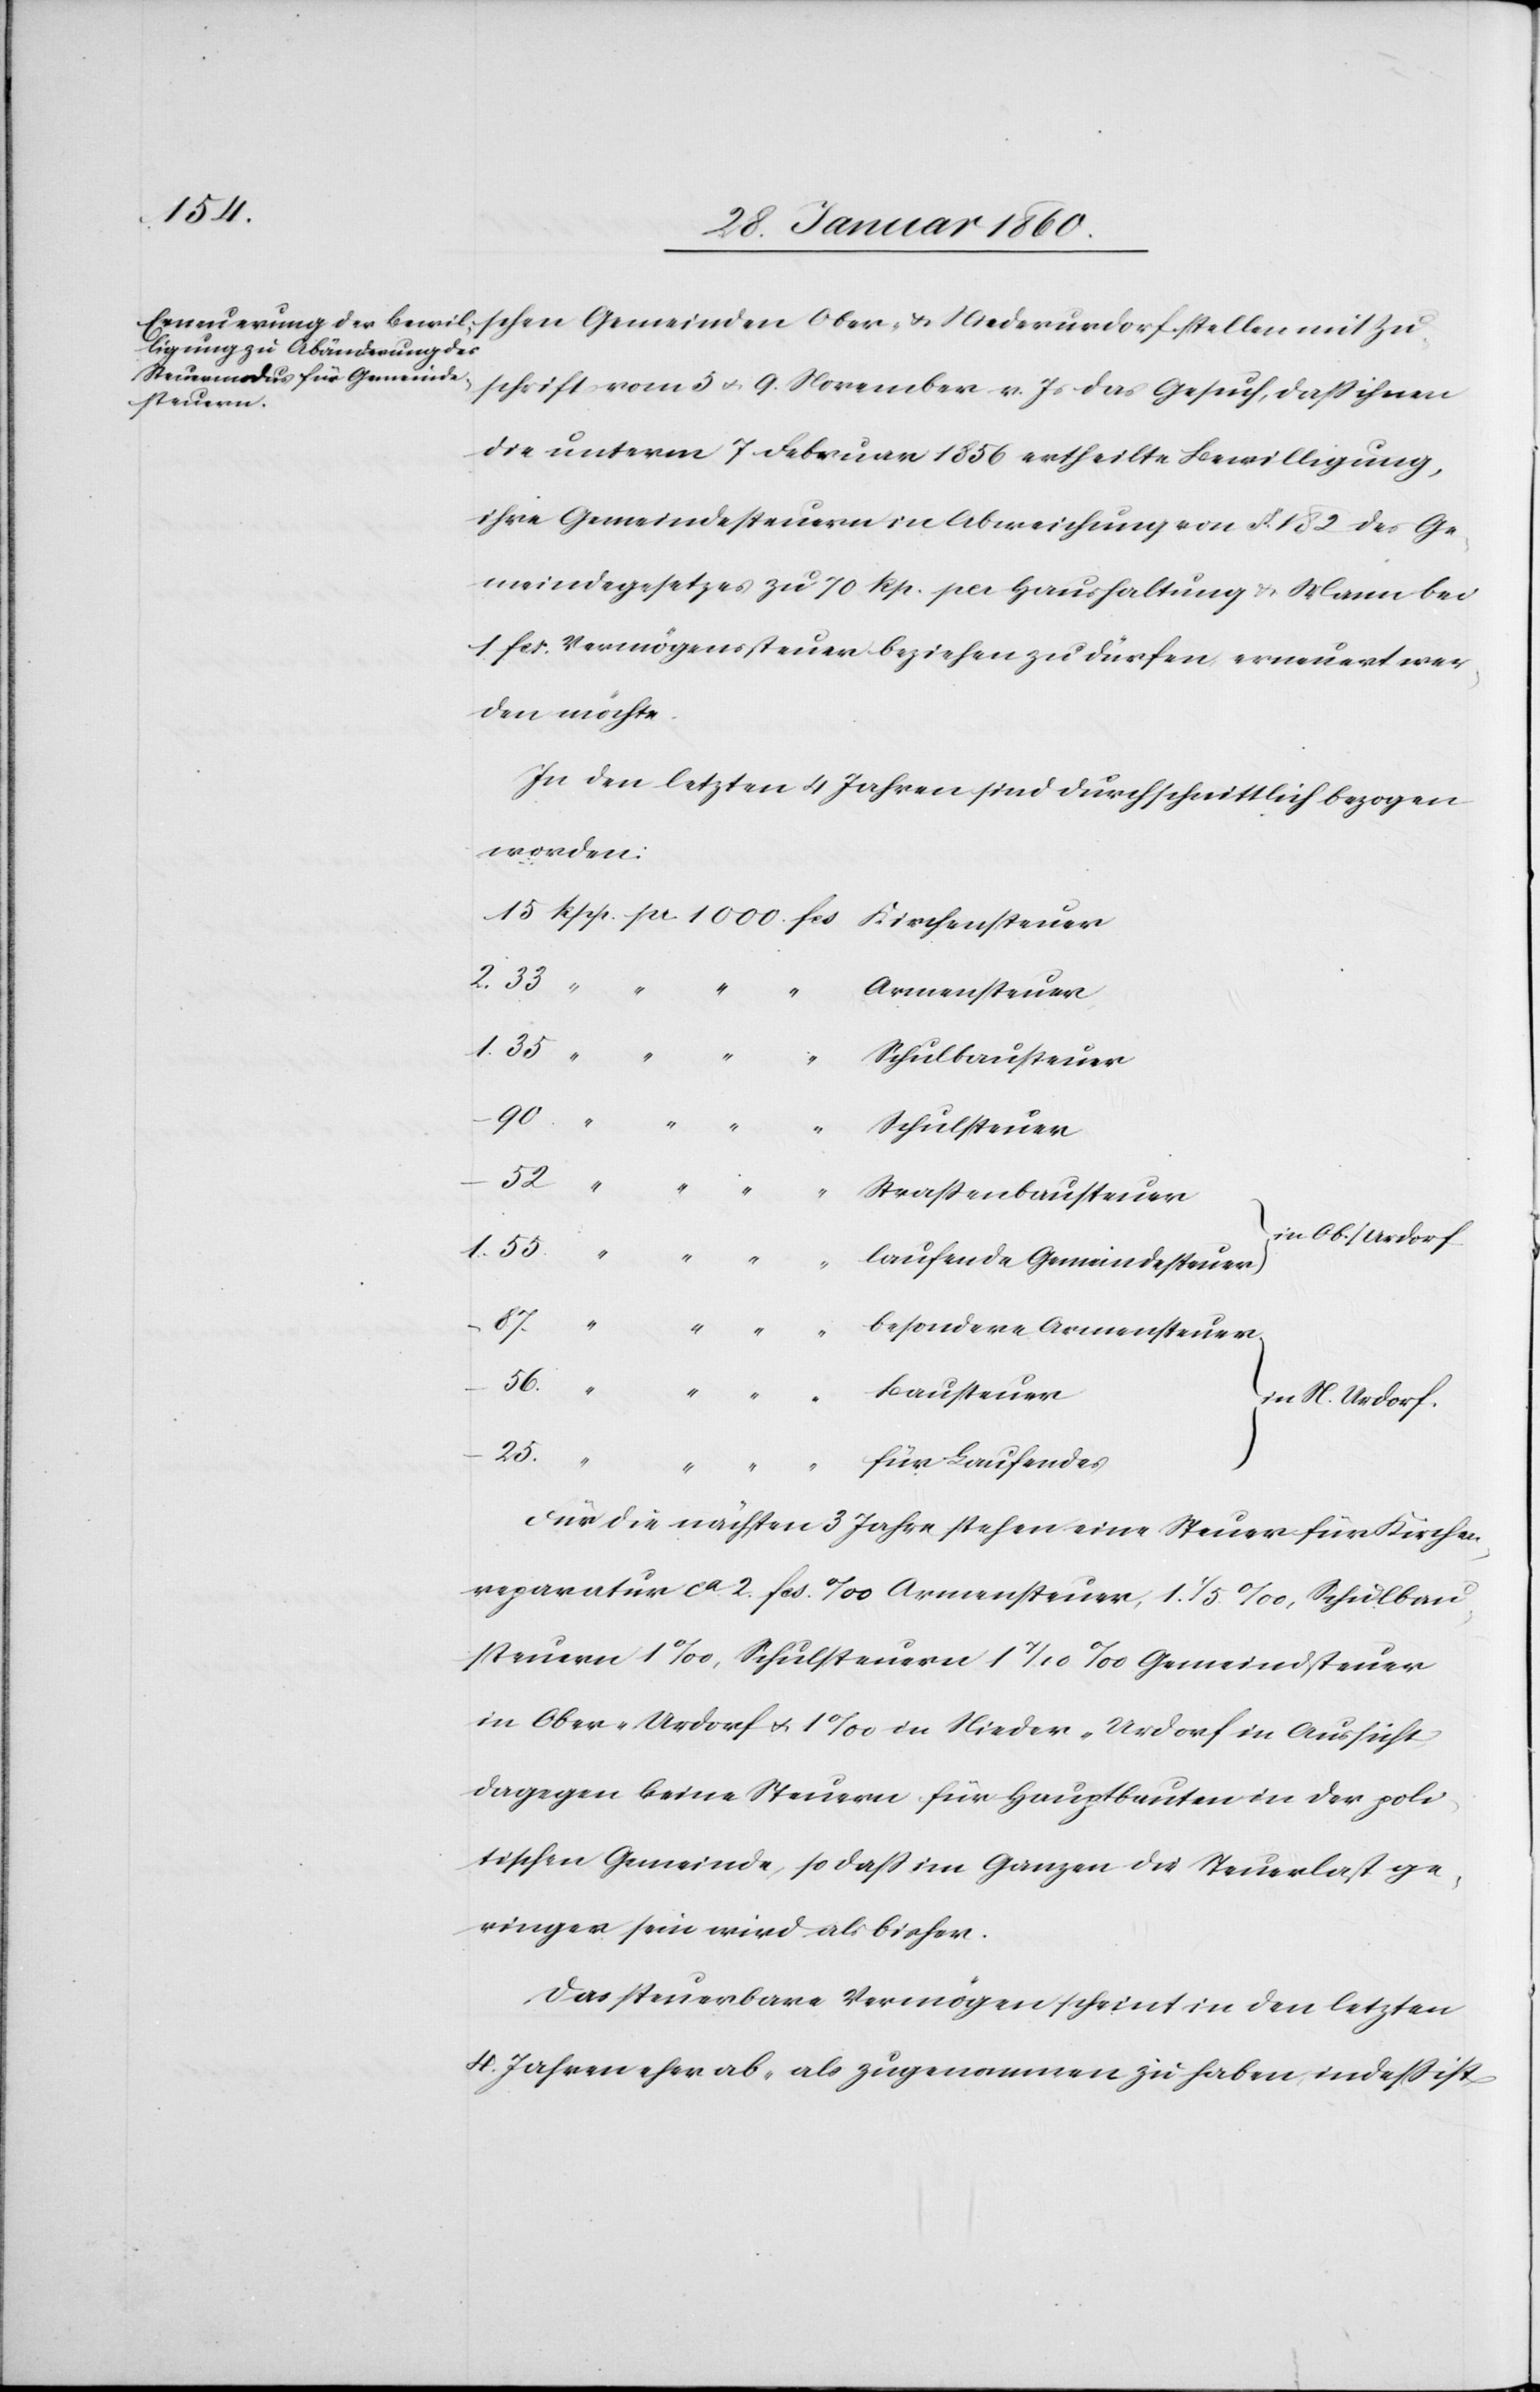
schen Gemeinden Ober- u. Niederurdorf stellen mit Zu¬
schrift vom 5. u. 9. November v. Js. das Gesuch, dass ihnen
die unterm 7. Februar 1856 ertheilte Bewilligung,
ihre Gemeindesteuern in Abweichung von §. 132. des Ge¬
meindgesetzes zu 70 Rp. per Haushaltung u. Mann bei
1. fcs. Vermögenssteuer beziehen zu dürfen erneuert wer¬
den möchte.
In den letzten 4. Jahren sind durchschnittlich bezogen
worden:
Armensteuer
Schulbausteuer
“
“
Schulsteuer
56.
Strassenbausteuer
in Ob./Urdorf
1.55
teuer
laufende Gemeindesteuer
in N. Urdorf
25.
“
für Laufendes
Für die nächsten 3 Jahre stehen eine Steuer für Kirchen¬
reparatur ca 2. fs.‰ Armensteuer 1 1/5‰, Schulbau¬
steuern 1‰, Schulsteuern 1 1/10‰ Gemeindsteuer
in Ober-Urdorf u. 1‰ in Nieder-Urdorf in Aussicht
dagegen keine Steuern für Hauptbauten in der poli¬
tischen Gemeinde, so dass im Ganzen die Steuerlast ge¬
ringer sein wird als bisher.
Das steuerbare Vermögen scheint in den letzten
4. Jahren eher ab- als zugenommen zu haben, indess ist